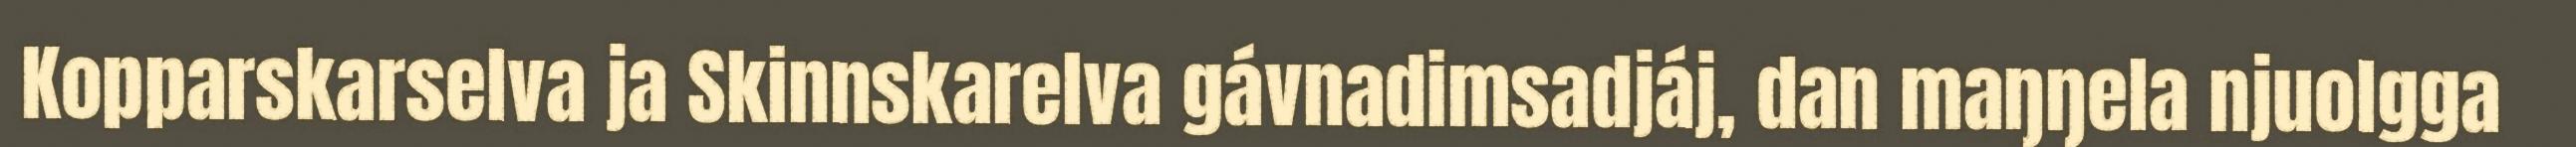
Kopparskarselva ja Skinnskarelva gávnadimsadjáj, dan maŋŋela njuolgga